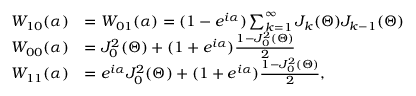
\begin{array} { r l } { W _ { 1 0 } ( \alpha ) } & { = W _ { 0 1 } ( \alpha ) = ( 1 - e ^ { i \alpha } ) \sum _ { k = 1 } ^ { \infty } J _ { k } ( \Theta ) J _ { k - 1 } ( \Theta ) } \\ { W _ { 0 0 } ( \alpha ) } & { = J _ { 0 } ^ { 2 } ( \Theta ) + ( 1 + e ^ { i \alpha } ) \frac { 1 - J _ { 0 } ^ { 2 } ( \Theta ) } { 2 } } \\ { W _ { 1 1 } ( \alpha ) } & { = e ^ { i \alpha } J _ { 0 } ^ { 2 } ( \Theta ) + ( 1 + e ^ { i \alpha } ) \frac { 1 - J _ { 0 } ^ { 2 } ( \Theta ) } { 2 } , } \end{array}